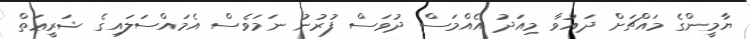
ޔާމީންގެ މައްޗަށް ދައުވާ މިއަދު އެއްމަސް ދުވަސް ފުރުނު ނަމަވެސް އެމައްސަލައިގެ ޝަރީޢަތް